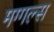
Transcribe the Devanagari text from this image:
मग्गल्स